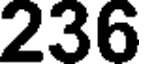
236